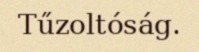
Tűzoltóság.